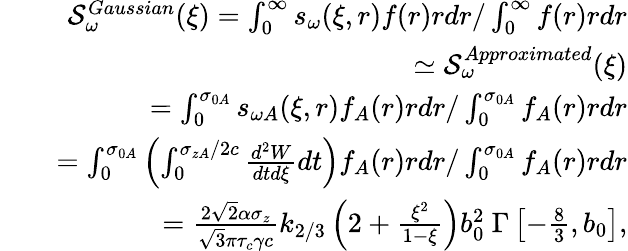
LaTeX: \begin{array}{rlr}&{}&{\mathcal{S}_{\omega}^{Gaussian}(\xi)=\int_{0}^{\infty}s_{\omega}(\xi,r)f(r)rdr/\int_{0}^{\infty}f(r)rdr}\\ &{}&{\simeq\mathcal{S}_{\omega}^{Approximated}(\xi)}\\ &{}&{=\int_{0}^{\sigma_{0A}}s_{\omega A}(\xi,r)f_{A}(r)rdr/\int_{0}^{\sigma_{0A}}f_{A}(r)rdr}\\ &{}&{=\int_{0}^{\sigma_{0A}}\left(\int_{0}^{\sigma_{zA}/2c}\frac{d^{2}W}{dtd\xi}dt\right)f_{A}(r)rdr/\int_{0}^{\sigma_{0A}}f_{A}(r)rdr}\\ &{}&{=\frac{2\sqrt{2}\alpha\sigma_{z}}{\sqrt{3}\pi\tau_{c}\gamma c}k_{2/3}\left(2+\frac{\xi^{2}}{1-\xi}\right)b_{0}^{2}\ \Gamma\left[-\frac{8}{3},b_{0}\right],}\end{array}